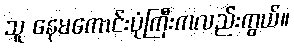
သူ နေမကောင်းပုံကြီးကလည်းကွယ်။